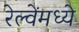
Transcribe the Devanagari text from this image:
रेल्वेंमध्ये